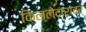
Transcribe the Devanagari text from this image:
किल्लेदारावर